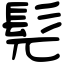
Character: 髡